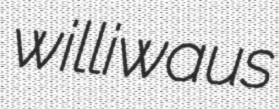
williwaus